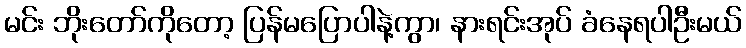
မင်း ဘိုးတော်ကိုတော့ ပြန်မပြောပါနဲ့ကွာ၊ နားရင်းအုပ် ခံနေရပါဦးမယ်